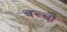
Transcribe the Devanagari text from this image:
बच्चौ